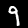
Label: 9